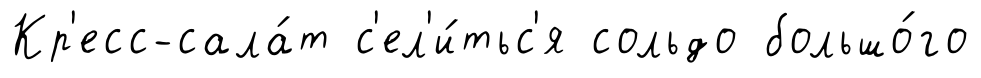
Кр'есс-сала́т с'ел'и́тьс'я сольдо большо́го